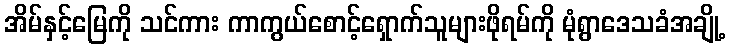
အိမ်နှင့်မြေကို သင်ကား ကာကွယ်စောင့်ရှောက်သူများဖိုရမ်ကို မုံရွာဒေသခံအချို့